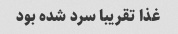
غذا تقریبا سرد شده بود